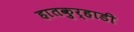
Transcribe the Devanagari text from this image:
हातकुर्‍हाडी